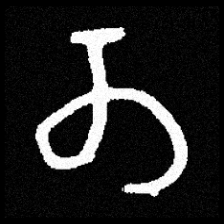
Pyu character \u2014 Myanmar letter: တ (romanized: ta)